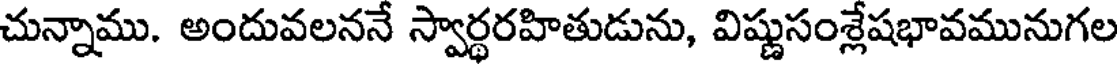
చున్నాము. అందువలననే స్వార్థరహితుడును, విష్ణుసంశ్లేషభావమునుగల